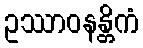
ဥဿာဝနန္တိကံ